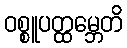
ဝစ္စူပတ္ထမ္ဘေတိ